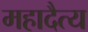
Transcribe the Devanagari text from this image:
महादैत्य